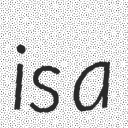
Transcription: is a